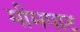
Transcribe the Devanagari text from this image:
मीमपाट